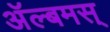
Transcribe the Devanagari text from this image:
अॅल्बमस्